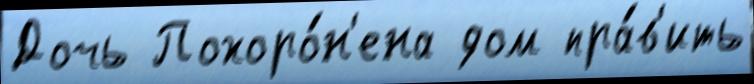
Дочь Похоро́н'ена дом пра́в'ить